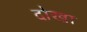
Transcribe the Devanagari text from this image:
दोखा